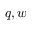
q , w